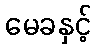
မေခနှင့်